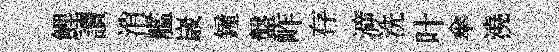
鯉讀消艦𡻕鐘盤岞存㴑洗叶傘澆